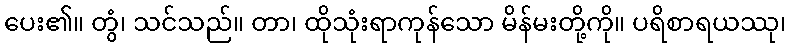
ပေး၏။ တွံ၊ သင်သည်။ တာ၊ ထိုသုံးရာကုန်သော မိန်မးတို့ကို။ ပရိစာရယဿု၊